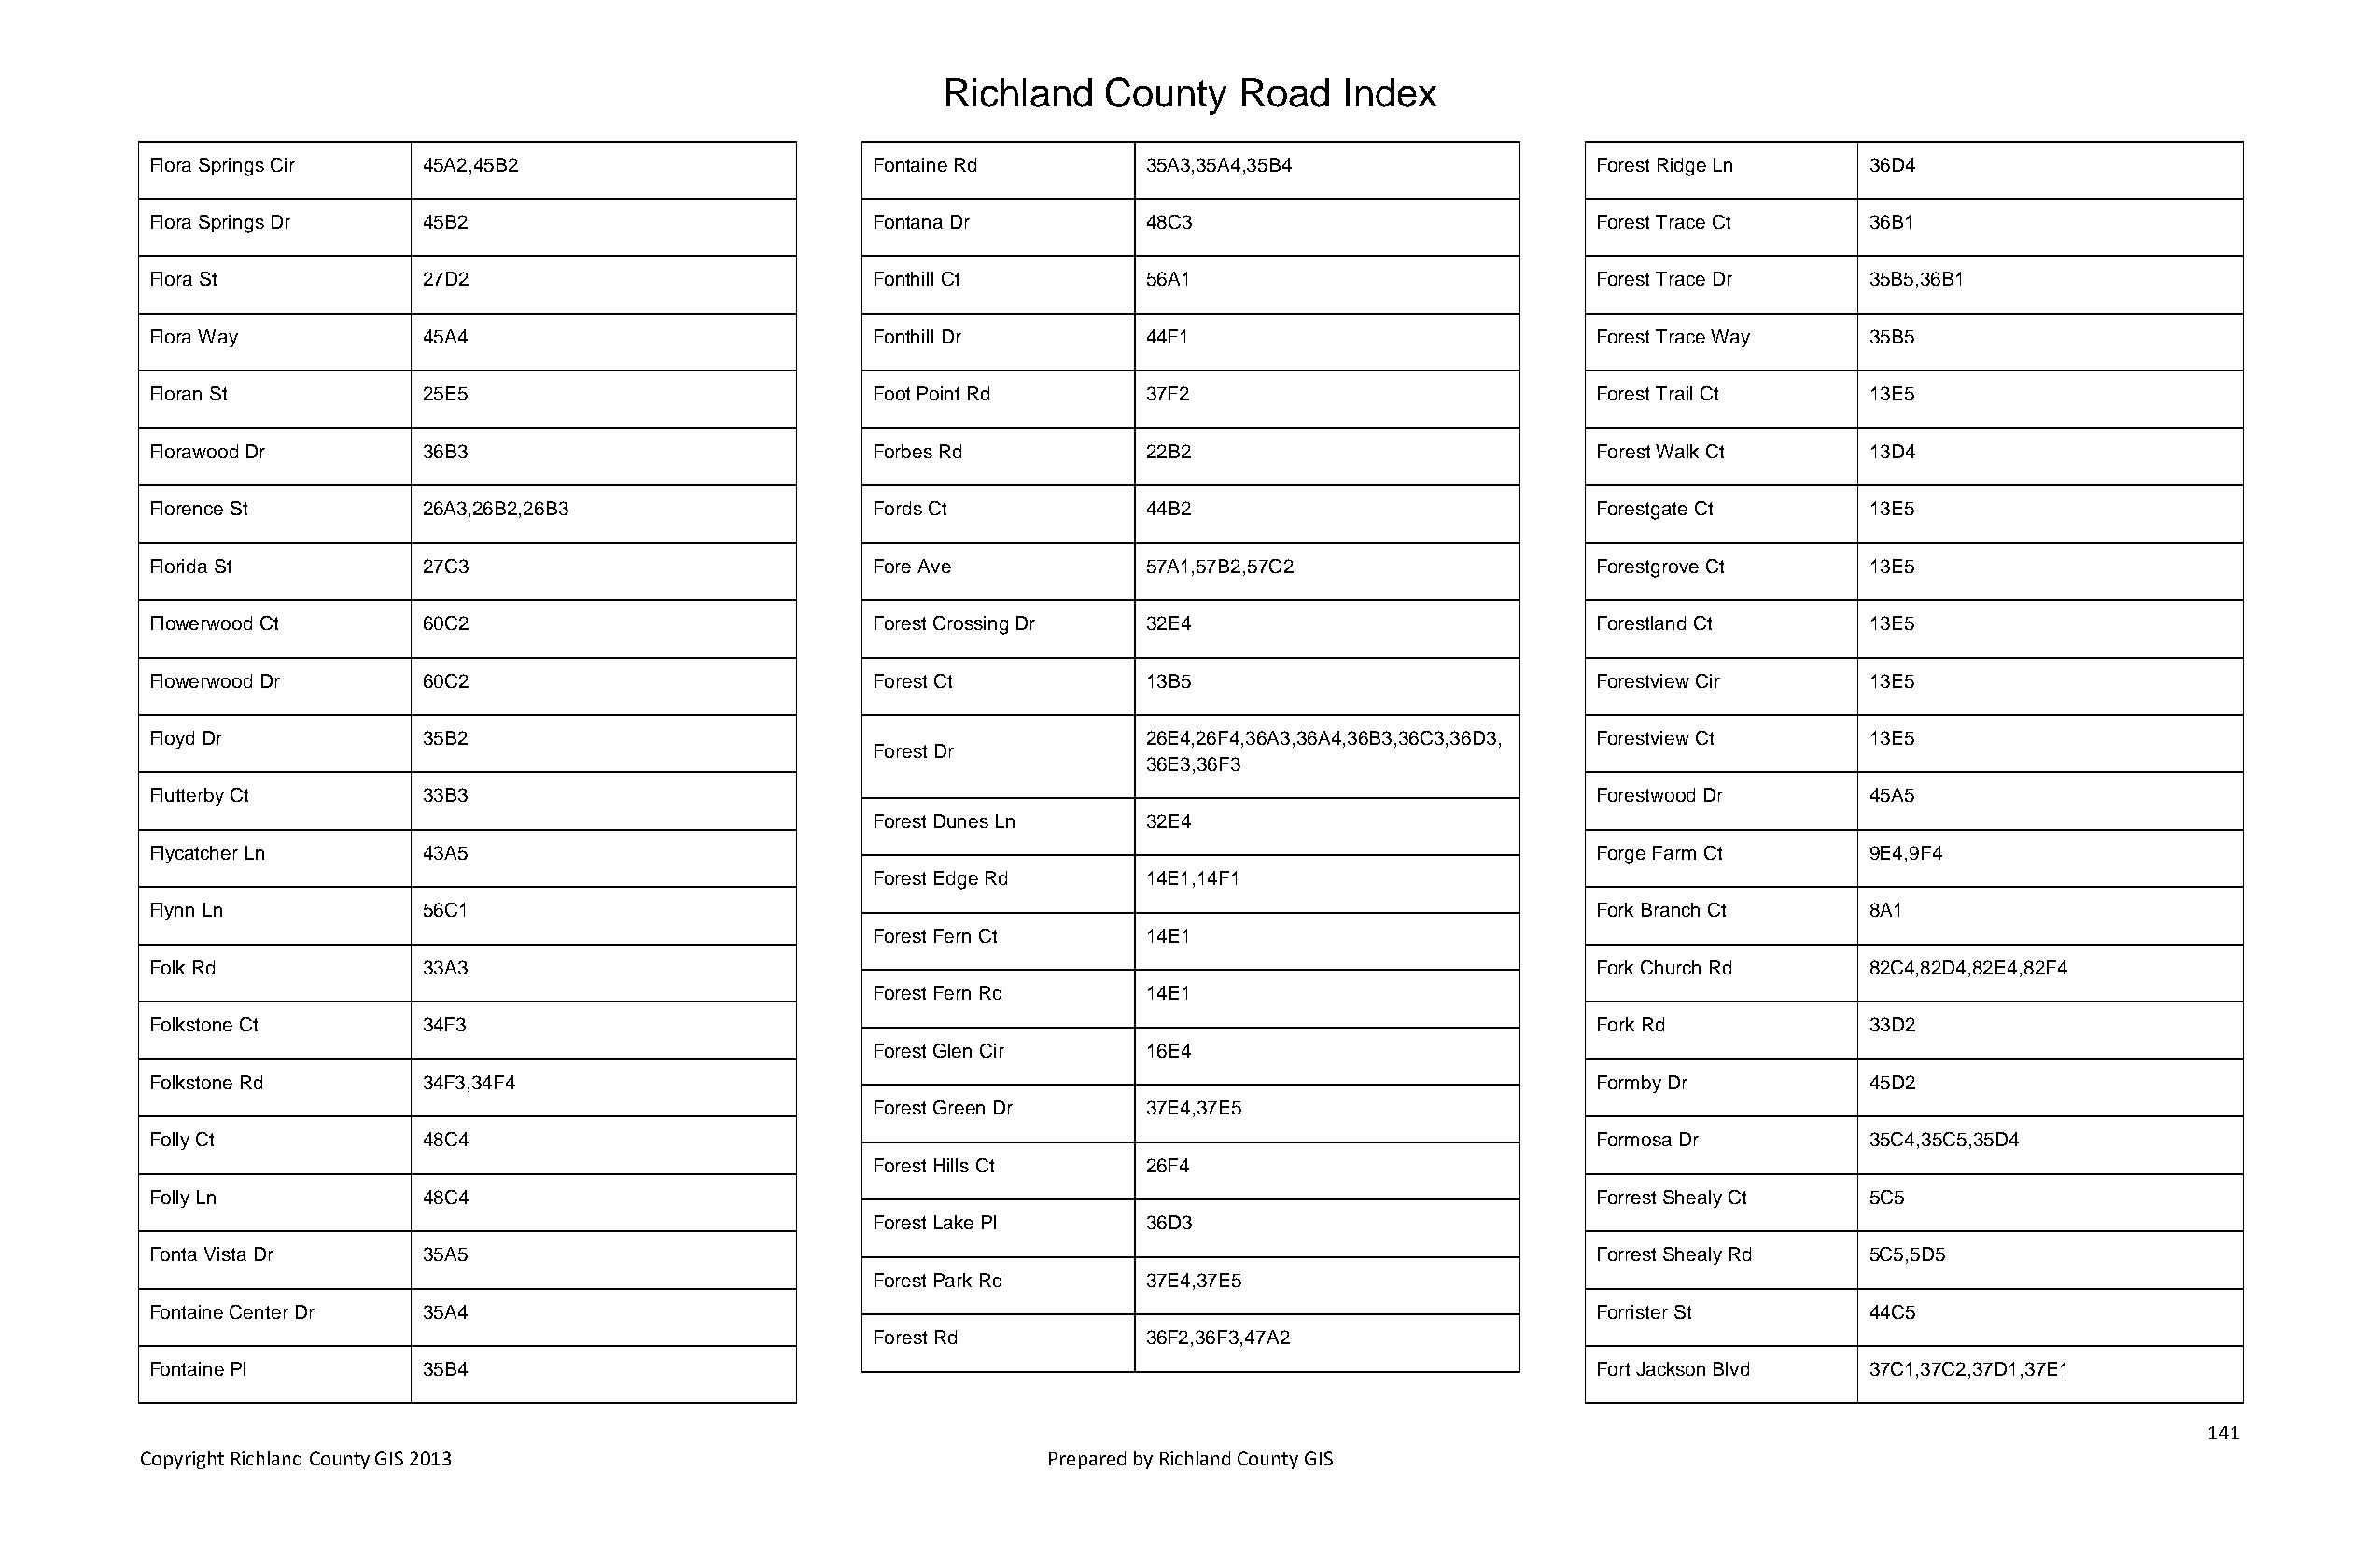
Richland   County    Road   Index
 Flora Springs Cir  45A2,45B2                       Fontaine Rd        35A3,35A4,35B4                  Forest Ridge Ln     36D4
 Flora Springs Dr   45B2                            Fontana Dr         48C3                            Forest Trace Ct     36B1
 Flora St           27D2                            Fonthill Ct        56A1                            Forest Trace Dr     35B5,36B1
 Flora Way          45A4                            Fonthill Dr        44F1                            Forest Trace Way    35B5
 Floran St          25E5                            Foot Point Rd      37F2                            Forest Trail Ct     13E5
 Florawood Dr       36B3                            Forbes Rd          22B2                            Forest Walk Ct      13D4
 Florence St        26A3,26B2,26B3                  Fords Ct           44B2                            Forestgate Ct       13E5
 Florida St         27C3                            Fore Ave           57A1,57B2,57C2                  Forestgrove Ct      13E5
 Flowerwood Ct      60C2                            Forest Crossing Dr 32E4                            Forestland Ct       13E5
 Flowerwood Dr      60C2                            Forest Ct          13B5                            Forestview Cir      13E5
 Floyd Dr           35B2                                               26E4,26F4,36A3,36A4,36B3,36C3,36D3, Forestview Ct   13E5
 Forest Dr
 36E3,36F3
 Flutterby Ct       33B3                                                                               Forestwood Dr       45A5
 Forest Dunes Ln    32E4
 Flycatcher Ln      43A5                                                                               Forge Farm Ct       9E4,9F4
 Forest Edge Rd     14E1,14F1
 Flynn Ln           56C1                                                                               Fork Branch Ct      8A1
 Forest Fern Ct     14E1
 Folk Rd            33A3                                                                               Fork Church Rd      82C4,82D4,82E4,82F4
 Forest Fern Rd     14E1
 Folkstone Ct       34F3                                                                               Fork Rd             33D2
 Forest Glen Cir    16E4
 Folkstone Rd       34F3,34F4                                                                          Formby Dr           45D2
 Forest Green Dr    37E4,37E5
 Folly Ct           48C4                                                                               Formosa Dr          35C4,35C5,35D4
 Forest Hills Ct    26F4
 Folly Ln           48C4                                                                               Forrest Shealy Ct   5C5
 Forest Lake Pl     36D3
 Fonta Vista Dr     35A5                                                                               Forrest Shealy Rd   5C5,5D5
 Forest Park Rd     37E4,37E5
 Fontaine Center Dr 35A4                                                                               Forrister St        44C5
 Forest Rd          36F2,36F3,47A2
 Fontaine Pl        35B4                                                                               Fort Jackson Blvd   37C1,37C2,37D1,37E1
 141
 Copyright Richland County GIS 2013                              Prepared by Richland County GIS